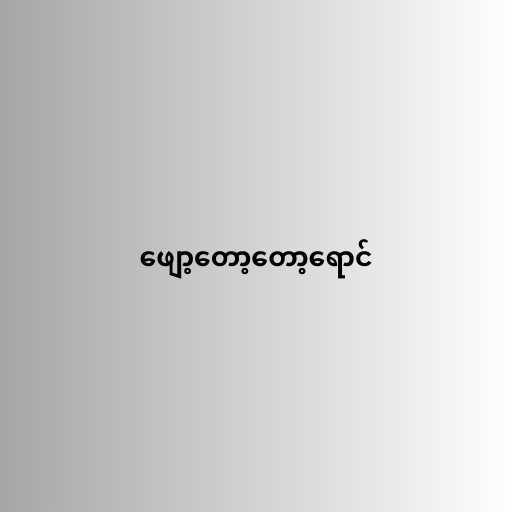
ဖျော့တော့တော့ရောင်